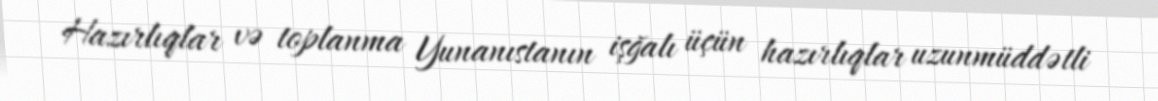
Hazırlıqlar və toplanma Yunanıstanın işğalı üçün hazırlıqlar uzunmüddətli